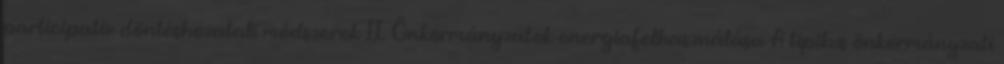
participatív döntéshozatali módszerek II. Önkormányzatok energiafelhasználása A tipikus önkormányzati